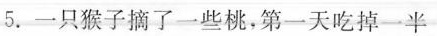
5.一只猴子摘了一些桃，第一天吃掉一半